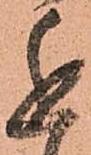
進